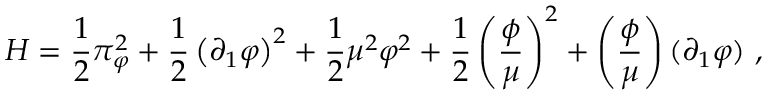
{ \cal H } = \frac { 1 } { 2 } \pi _ { \varphi } ^ { 2 } + \frac { 1 } { 2 } \left( \partial _ { 1 } \varphi \right) ^ { 2 } + \frac { 1 } { 2 } \mu ^ { 2 } \varphi ^ { 2 } + \frac { 1 } { 2 } \left( \frac { \phi } { \mu } \right) ^ { 2 } + \left( \frac { \phi } { \mu } \right) ( \partial _ { 1 } \varphi ) \ ,